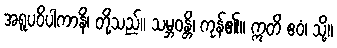
အရူပဝိပါကာနိ၊ တို့သည်။ သမ္ဘဝန္တိ၊ ကုန်၏။ ဣတိ ဧဝံ၊ သို့။